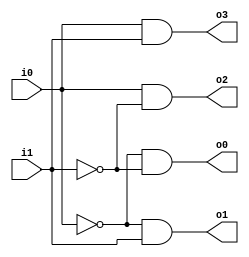
`timescale 1ns / 1ps
//////////////////////////////////////////////////////////////////////////////////
// Company: 
// 
// Design Name: Decoder 2x4 Dataflow
// Module Name: Decoder_2x4_Dataflow
// Project Name: 
// Target Devices: 
// Tool Versions: Vivado 2021.2
// Description: 
// 
// Dependencies: 
// 
// Revision:
// Revision 0.01 - File Created
// Additional Comments:
// 
//////////////////////////////////////////////////////////////////////////////////


module Decoder_2x4_Dataflow(
    o0,
    o1,
    o2,
    o3,
    i1,
    i0
    );

    output o0;
    output o1;
    output o2;
    output o3;
    input i1;
    input i0;
    
    assign o0 = ~i0 & ~i1;
    assign o1 = ~i0 & i1;
    assign o2 = i0 & ~i1;
    assign o3 = i0 & i1;
endmodule